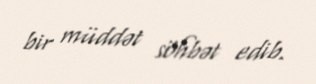
bir müddət söhbət edib.